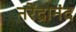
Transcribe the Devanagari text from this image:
नरेंद्रानंद